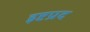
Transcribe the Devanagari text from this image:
इष्टप्रद